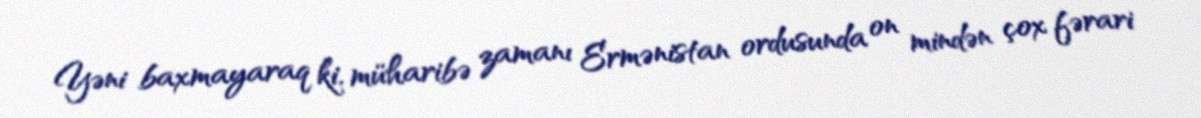
Yəni baxmayaraq ki, müharibə zamanı Ermənistan ordusunda on mindən çox fərari